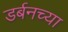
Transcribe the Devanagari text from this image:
डर्बनच्या